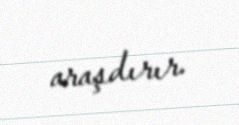
araşdırır.